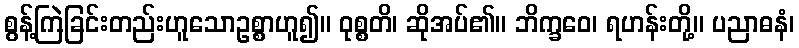
စွန့်ကြဲခြင်းတည်းဟူသောဥစ္စာဟူ၍။ ဝုစ္စတိ၊ ဆိုအပ်၏။ ဘိက္ခဝေ၊ ရဟန်းတို့။ ပညာဓနံ၊